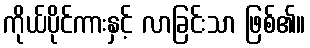
ကိုယ်ပိုင်ကားနှင့် လာခြင်းသာ ဖြစ်၏။